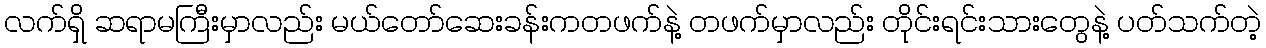
လက်ရှိ ဆရာမကြီးမှာလည်း မယ်တော်ဆေးခန်းကတဖက်နဲ့ တဖက်မှာလည်း တိုင်းရင်းသားတွေနဲ့ ပတ်သက်တဲ့